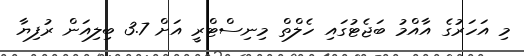
މި އަހަރުގެ އާއްމު ބަޖެޓުގައި ހެލްތް މިނިސްޓްރީ އަށް 3.7 ބިލިއަން ރުފިޔާ